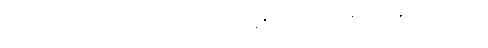
အကြွင်းမဲ့ဖြတ်ခြင်းကြောင့်။ ပဝတ္တာ၊ ဝိပါက်နာမက္ခန္ဓာမှ။ ဝါ၊ ပဋိသန္ဓေ နာမက္ခန္ဓာ ကဋတ္တာရုပ်မှ။